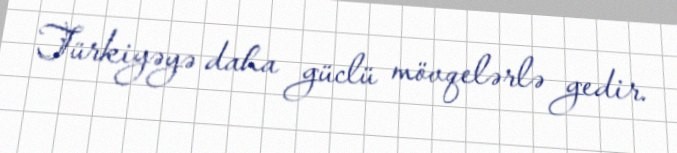
Türkiyəyə daha güclü mövqelərlə gedir.